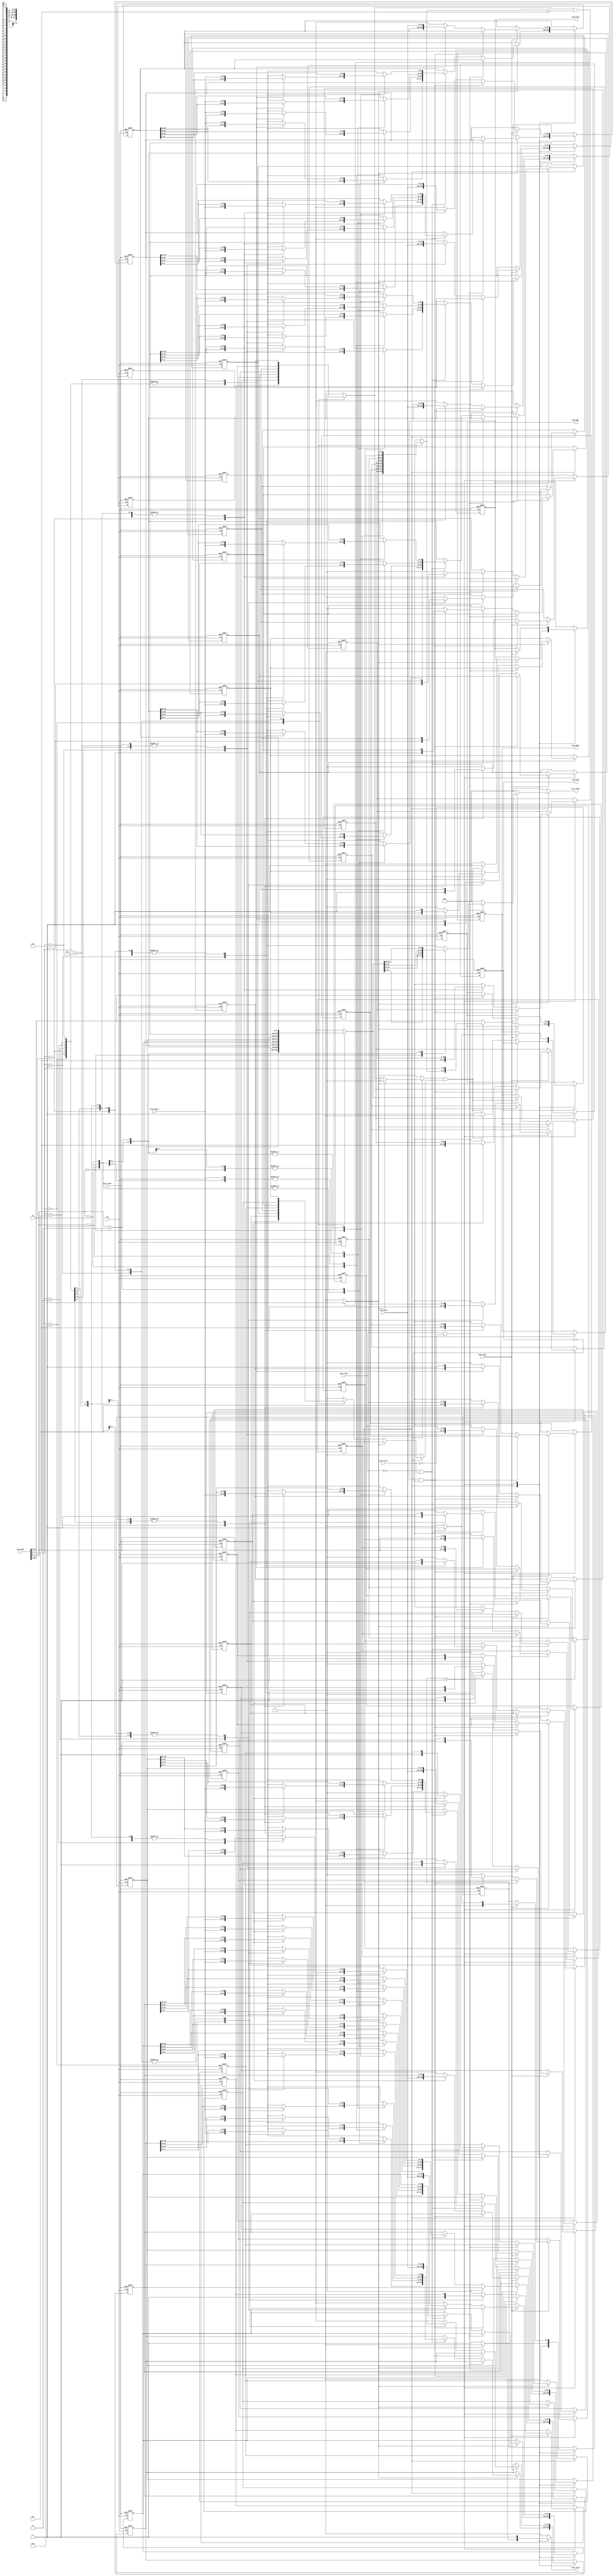
module cache(
    clk,
    proc_reset,
    proc_read,
    proc_write,
    proc_addr,
    proc_wdata,
    proc_stall,
    proc_rdata,
    mem_read,
    mem_write,
    mem_addr,
    mem_rdata,
    mem_wdata,
    mem_ready
);
    
//==== input/output definition ============================
    input          clk;
    // processor interface
    input          proc_reset;
    input          proc_read, proc_write;
    input   [29:0] proc_addr;
    input   [31:0] proc_wdata;
    output         proc_stall;
    output  [31:0] proc_rdata;
    // memory interface
    input  [127:0] mem_rdata;
    input          mem_ready;
    output         mem_read, mem_write;
    output  [27:0] mem_addr;
    output [127:0] mem_wdata;
    
//==== wire/reg definition ================================
    wire [1:0]  i_block_offset;
    wire [24:0] i_tag;
    wire [2:0]  i_cache_index;
    
    reg proc_stall_reg;
    reg [31:0]  proc_rdata_reg;

    reg mem_read_r, mem_read_w;
    reg mem_write_r, mem_write_w;
    reg [27:0]  mem_addr_r, mem_addr_w;
    reg [127:0] mem_wdata_r, mem_wdata_w;

    reg         hit;
    // reg         hit_block   [0:7];
    
    reg         valid_bit_r [0:7];
    reg         valid_bit_w [0:7];
    reg 		dirty_bit_r [0:7];
    reg 		dirty_bit_w [0:7];
    reg [24:0]  tag_r       [0:7];
    reg [24:0]  tag_w       [0:7];
    reg [127:0] four_word_r [0:7];
    reg [127:0] four_word_w [0:7];

    // reg [31:0]  word_read;
    // reg [31:0]  word_write;

    // FSM
    reg [1:0] state_r, state_w;

    // for loop
    integer i;

    // debugging signals
    // reg [7:0] hit_block_debug;
    // reg [7:0] valid_bit_r_debug;
    // reg [199:0] tag_r_debug;
    // reg [1023:0] four_word_r_debug;
    // always @(*) begin
    //     for (i = 0; i < 8; i = i+1) begin
    //         // hit_block_debug[i] = hit_block[i];
    //         valid_bit_r_debug[i] = valid_bit_r[i];
    //         tag_r_debug[(199-i*25) -: 25] = tag_r[i];
    //         four_word_r_debug[(1023-i*128) -: 128] = four_word_r[i];
    //     end
    // end

    // reg [31:0] miss_counter_r, miss_counter_w;

//==== combinational circuit ==============================
    parameter S_HIT  = 0;
    parameter S_MISS = 1;

    /////// proc input partition /////////////
    assign i_block_offset = proc_addr[1:0];
    assign i_cache_index = proc_addr[4:2];
    assign i_tag = proc_addr[29:5];

    /////// output connection ////////////////
    assign proc_rdata = proc_rdata_reg;
    assign proc_stall = proc_stall_reg;

    assign mem_read = mem_read_r;
    assign mem_write = mem_write_r;
    assign mem_wdata = mem_wdata_r;
    assign mem_addr = mem_addr_r;
    // assign miss_counter = miss_counter_r;

    /////// FSM //////////////////////////////
    always @(*) begin
        state_w = state_r;
        proc_stall_reg = 0;
        proc_rdata_reg = 0;
        mem_read_w = mem_read_r;
        mem_write_w = mem_write_r;
        mem_wdata_w = mem_wdata_r;
        mem_addr_w = mem_addr_r;
        // miss_counter_w = miss_counter_r;

        // word_write = 0;
        for (i = 0; i < 8; i = i+1) begin
            tag_w[i] = tag_r[i];
            valid_bit_w[i] = valid_bit_r[i];
            four_word_w[i] = four_word_r[i];
            dirty_bit_w[i] = dirty_bit_r[i];
        end

        case (state_r)
            S_HIT: begin
                if(~hit) begin
                    state_w = S_MISS;
                    proc_stall_reg = 1;
                    // miss_counter_w = miss_counter_r + 1;
                    if(valid_bit_r[i_cache_index] & dirty_bit_r[i_cache_index]) begin
                        mem_read_w = 0;
                        mem_write_w = 1;
                        mem_addr_w = {tag_r[i_cache_index], i_cache_index};
                        mem_wdata_w = four_word_r[i_cache_index];
                    end
                    else begin
                        mem_read_w = 1;
                        mem_write_w = 0;
                        mem_addr_w = proc_addr[29:2];
                    end
                end
                else begin
                    state_w = S_HIT;
                    proc_stall_reg = 0;
                    if(proc_read && ~proc_write) begin
                        // proc_rdata_reg = word_read;
                        case (i_block_offset)
                            0: proc_rdata_reg = four_word_r[i_cache_index][31:0];
                            1: proc_rdata_reg = four_word_r[i_cache_index][63:32];
                            2: proc_rdata_reg = four_word_r[i_cache_index][95:64];
                            3: proc_rdata_reg = four_word_r[i_cache_index][127:96];
                            default : /* default */;
                        endcase
                    end
                    else if(~proc_read && proc_write) begin
                        // word_write = proc_wdata;
                        case (i_block_offset)
                            0: four_word_w[i_cache_index][31:0] = proc_wdata;
                            1: four_word_w[i_cache_index][63:32] = proc_wdata;
                            2: four_word_w[i_cache_index][95:64] = proc_wdata;
                            3: four_word_w[i_cache_index][127:96] = proc_wdata;
                            default : /* default */;
                        endcase
                        dirty_bit_w[i_cache_index] = 1;
                    end
                end
            end
            S_MISS: begin
                proc_stall_reg = 1;
                if(mem_ready) begin
                    mem_read_w = 0;
                    mem_write_w = 0;
                    if(mem_write_r && ~mem_read_r) begin
                        state_w = S_MISS;
                        mem_addr_w = proc_addr[29:2];
                        mem_write_w = 0;
                        mem_read_w = 1;
                    end
                    else begin
                        tag_w[i_cache_index] = i_tag;
                        four_word_w[i_cache_index] = mem_rdata;
                        valid_bit_w[i_cache_index] = 1;
                        state_w = S_HIT;
                    end
                end
            end
            default : /* default */;
        endcase
    end



    /////// read data ////////////////////////
    
    // block offset & block index pick
    // always @(*) begin
    //     word_read = 0;
    //     for (i = 0; i < 8; i = i+1) begin
    //         four_word_w[i] = four_word_r[i];
    //     end
    //     if(hit) begin
    //         case (i_block_offset)
    //             0: word_read = four_word_r[i_cache_index][31:0];
    //             1: word_read = four_word_r[i_cache_index][63:32];
    //             2: word_read = four_word_r[i_cache_index][95:64];
    //             3: word_read = four_word_r[i_cache_index][127:96];
    //             default : /* default */;
    //         endcase

    //         case (i_block_offset)
    //             0: four_word_w[i_cache_index][31:0] = word_write;
    //             1: four_word_w[i_cache_index][63:32] = word_write;
    //             2: four_word_w[i_cache_index][95:64] = word_write;
    //             3: four_word_w[i_cache_index][127:96] = word_write;
    //             default : /* default */;
    //         endcase
    //     end
    // end


    // hit specifiction
    always @(*) begin
        if(valid_bit_r[i_cache_index] == 1 && tag_r[i_cache_index] == i_tag) begin
            hit = 1;
        end
        else begin
            hit = 0;
        end
    end


//==== sequential circuit =================================
always@( posedge clk or posedge proc_reset ) begin
    if( proc_reset ) begin
        for (i = 0; i < 8; i = i+1) begin
            valid_bit_r[i] <= 0;
            tag_r[i] <= 0;
            four_word_r[i] <= 0;
            dirty_bit_r[i] <= 0;
        end
        mem_read_r <= 0;
        mem_write_r <= 0;
        mem_addr_r <= 0;
        mem_wdata_r <= 0;
        state_r <= S_HIT;
        // miss_counter_r <= 0;
    end
    else begin
        for (i = 0; i < 8; i = i+1) begin
            valid_bit_r[i] <= valid_bit_w[i];
            tag_r[i] <= tag_w[i];
            four_word_r[i] <= four_word_w[i];
            dirty_bit_r[i] <= dirty_bit_w[i];
        end
        state_r <= state_w;
        mem_write_r <= mem_write_w;
        mem_read_r <= mem_read_w;
        mem_addr_r <= mem_addr_w;
        mem_wdata_r <= mem_wdata_w;
        // miss_counter_r <= miss_counter_w;
    end
end

endmodule